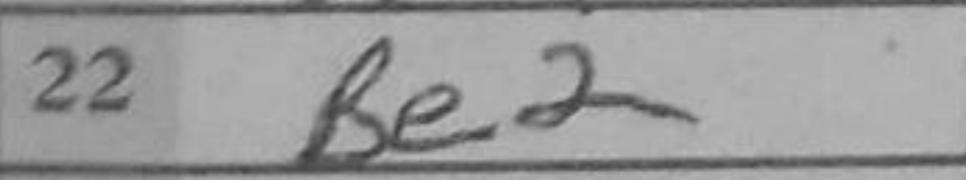
Transcription: Be2